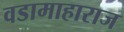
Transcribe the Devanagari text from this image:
वडामाहाराज